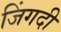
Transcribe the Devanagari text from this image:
जिंगदी